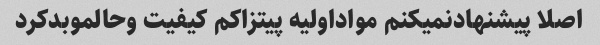
اصلا پیشنهادنمیکنم مواداولیه پیتزاکم کیفیت وحالموبدکرد